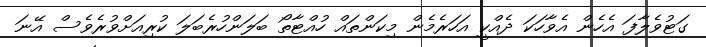
ގަޓުވެލާފަ އެހެން އެވާހަކަ ދެއްކީ އަހަރެމެން މިކަންތައް ހުއްޓާތޯ ބަލަންހުރެބަލަ ކުރިއަށްވުރެވެސް އޭނަ